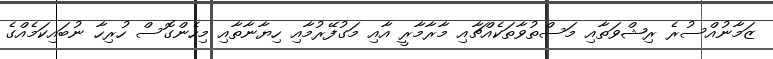
ޒަމާނުއްސުރެ ރިޝްވަތާއި މަސްތުވާތަކެއްޗާއި މާރާމާރީ އާއި މަގުފޭރުމާއި ހިޔާނާތާއި މިހެންގޮސް ހުރިހާ ނުބައިކަމެއްގެ